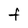
Character: F